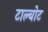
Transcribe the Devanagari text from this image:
टाल्बोट